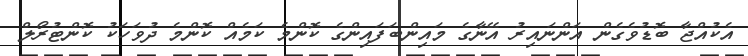
އެކުއްޖާ ބޮޑުވެގެން އަންނައިރު އޭނާގެ މަައިންބަފައިންގެ ކޮންމެ ކަމެއް ކޮންމެ ދުވަހަކު ކޮންޓުރޯލް